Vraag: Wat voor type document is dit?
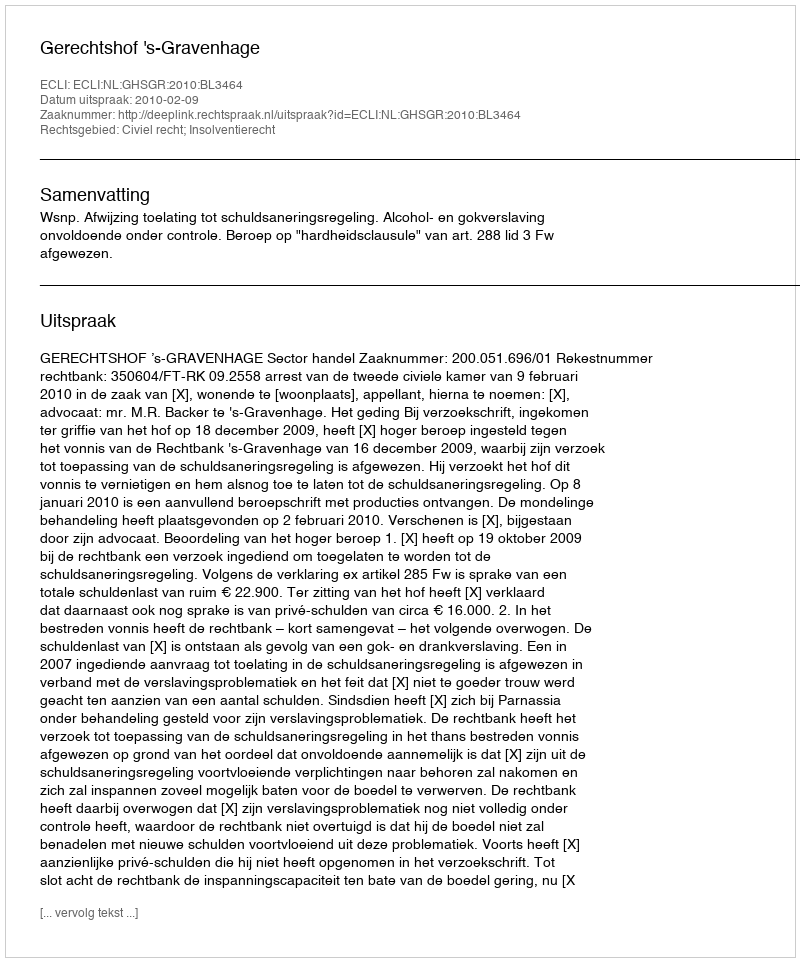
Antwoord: Uitspraak